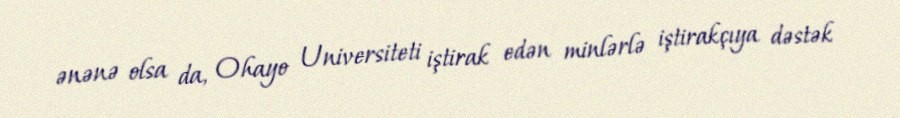
ənənə olsa da, Ohayo Universiteti iştirak edən minlərlə iştirakçıya dəstək